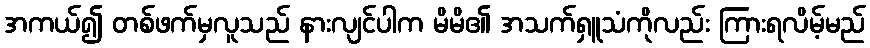
အကယ်၍ တစ်ဖက်မှလူသည် နားလျင်ပါက မိမိ၏ အသက်ရှူသံကိုလည်း ကြားရလိမ့်မည်